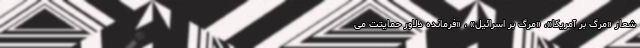
شعار «مرگ بر آمریکا»، «مرگ بر اسرائیل» ، «فرمانده دلاور حمایتت می